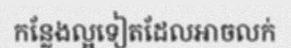
កន្លែងល្អទៀតដែលអាចលក់